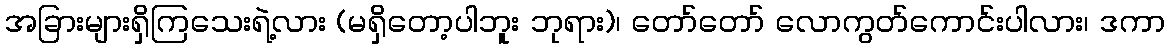
အခြားများရှိကြသေးရဲ့လား (မရှိတော့ပါဘူး ဘုရား)၊ တော်တော် လောကွတ်ကောင်းပါလား၊ ဒကာ